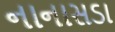
નાનાસડા